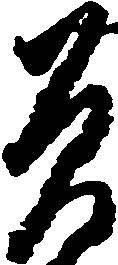
曽